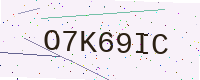
Text: O7K69IC